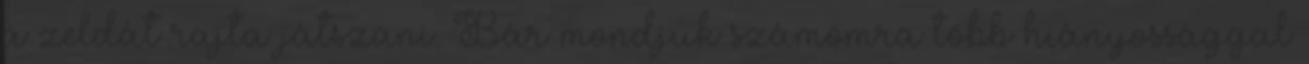
a zeldát rajta játszani. Bár mondjuk számomra több hiányossággal